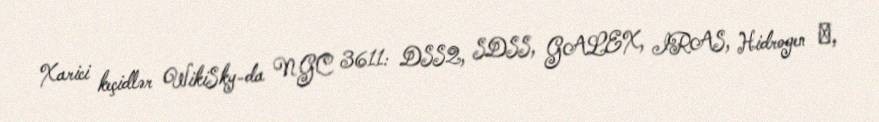
Xarici keçidlər WikiSky-da NGC 3611: DSS2, SDSS, GALEX, IRAS, Hidrogen α,